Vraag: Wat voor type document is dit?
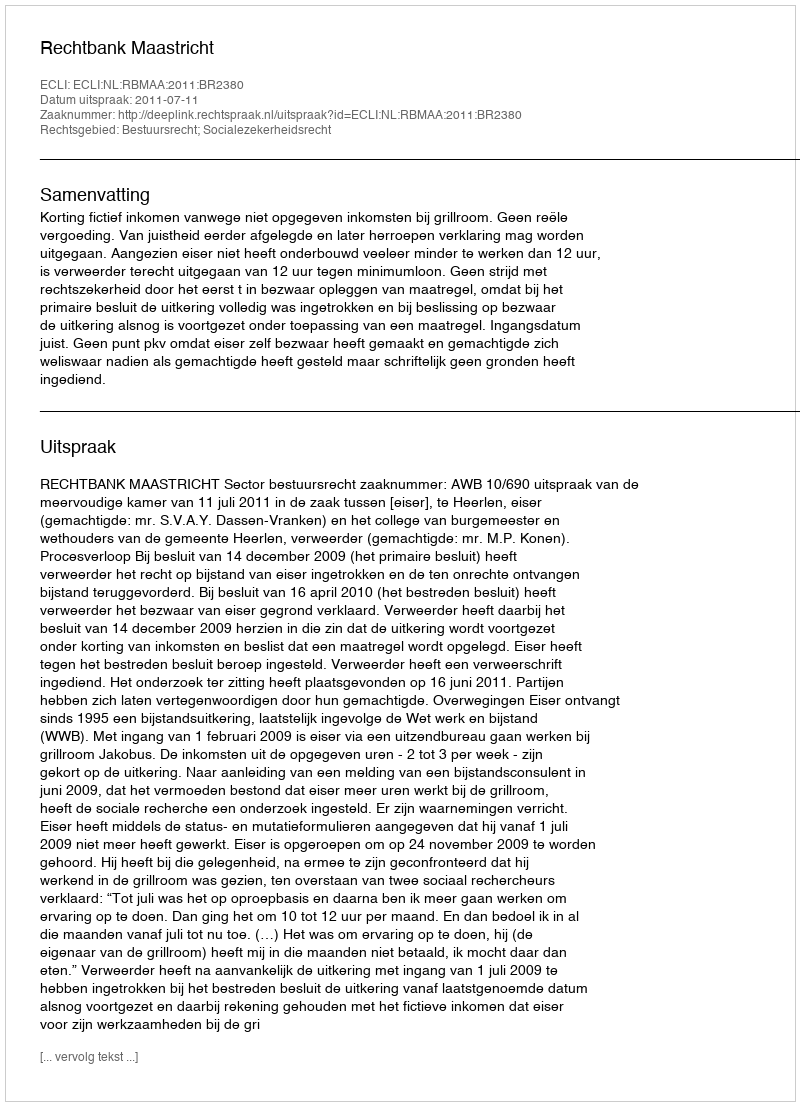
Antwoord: Uitspraak